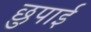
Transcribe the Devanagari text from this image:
छुपाई